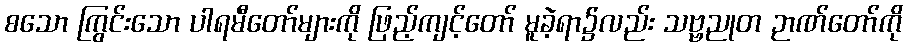
စသော ကြွင်းသော ပါရမီတော်များကို ဖြည့်ကျင့်တော် မူခဲ့ရာ၌လည်း သဗ္ဗညုတ ဉာဏ်တော်ကို